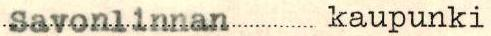
Savonlinnan kaupunki